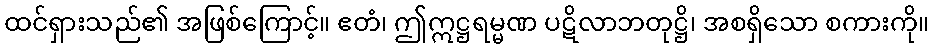
ထင်ရှားသည်၏ အဖြစ်ကြောင့်။ ဧတံ၊ ဤဣဋ္ဌရမ္မဏ ပဋိလာဘတုဋ္ဌိ၊ အစရှိသော စကားကို။